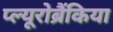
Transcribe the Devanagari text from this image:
प्ल्यूरोब्रैंकिया